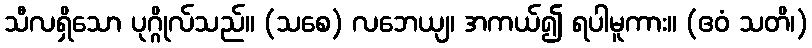
သီလရှိသော ပုဂ္ဂိုလ်သည်။ (သစေ) လဘေယျ၊ အကယ်၍ ရပါမူကား။ (ဧဝံ သတိ၊)